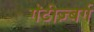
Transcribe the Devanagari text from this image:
गॅटीज़्बर्ग